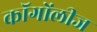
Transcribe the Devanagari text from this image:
कॉगोंलीज